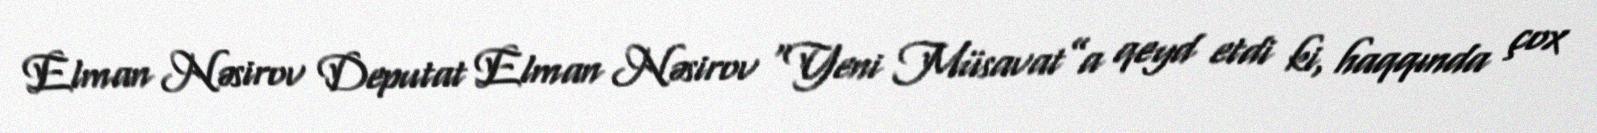
Elman Nəsirov Deputat Elman Nəsirov “Yeni Müsavat”a qeyd etdi ki, haqqında çox